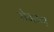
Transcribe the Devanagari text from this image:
रोगान्